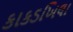
કાકડખિલા